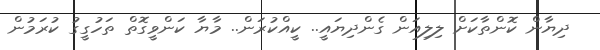
ދިޔާން ކޮންތާކަށް ލިލިއަން ގެންދިޔައީ.. ކީއްކުރަން.. މާޔާ ކަންވީގޮތް ތަހުގީގު ކުރަމުން